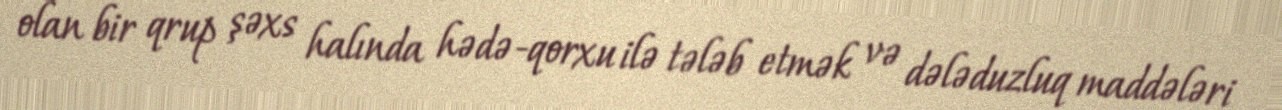
olan bir qrup şəxs halında hədə-qorxu ilə tələb etmək və dələduzluq maddələri